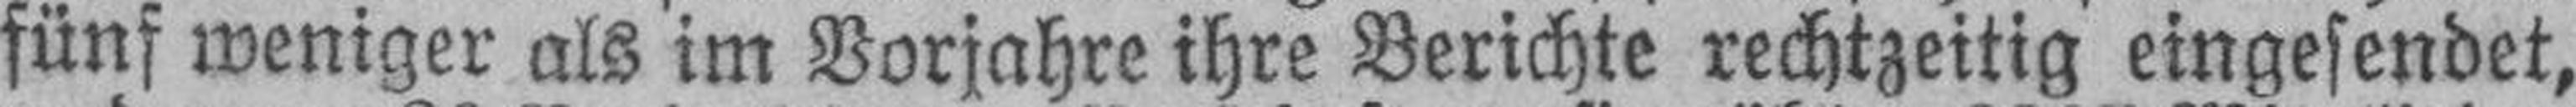
fünf weniger als im Vorjahre ihre Berichte rechtzeitig eingesendet,